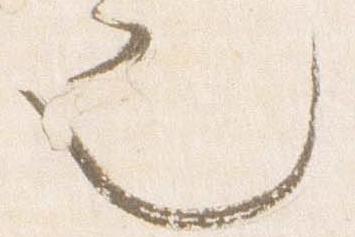
也